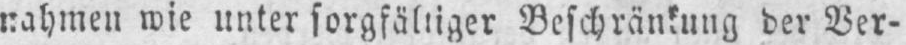
nahmen wie unter sorgfältiger Beschränkung der Ver-